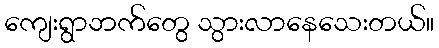
ကျေးရွာဘက်တွေ သွားလာနေသေးတယ်။